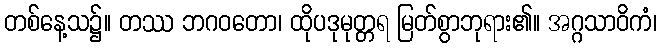
တစ်နေ့သ၌။ တဿ ဘဂဝတော၊ ထိုပဒုမုတ္တရ မြတ်စွာဘုရား၏။ အဂ္ဂသာဝိကံ၊